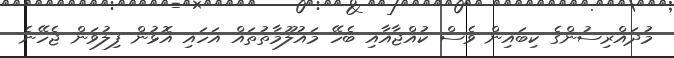
މުދައްރިސުންގެ ކިބައިން ވެސް ކުއްޖާއާއި ބެހޭ މައުލޫމާތުތައް އަހައި އޮޅުން ފިލުވަން ޖެހޭނެ